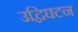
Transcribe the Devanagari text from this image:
उद्विघटन